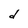
Character: d